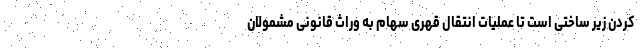
کردن زیر ساختی است تا عملیات انتقال قهری سهام به وراث قانونی مشمولان